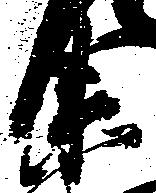
衛